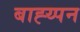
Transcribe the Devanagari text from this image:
बाह्य्पन